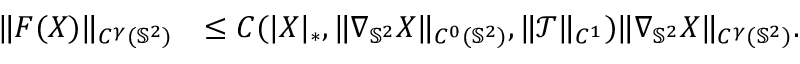
\begin{array} { r l } { \| F ( \boldsymbol { X } ) \| _ { C ^ { \gamma } ( \mathbb { S } ^ { 2 } ) } } & { \leq C ( | \boldsymbol { X } | _ { * } , \| \nabla _ { \mathbb { S } ^ { 2 } } \boldsymbol { X } \| _ { C ^ { 0 } ( \mathbb { S } ^ { 2 } ) } , \| \mathcal { T } \| _ { C ^ { 1 } } ) \| \nabla _ { \mathbb { S } ^ { 2 } } \boldsymbol { X } \| _ { C ^ { \gamma } ( \mathbb { S } ^ { 2 } ) } . } \end{array}